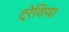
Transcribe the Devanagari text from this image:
ट्रेशिया